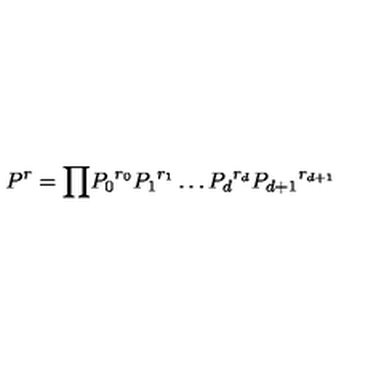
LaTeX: P ^ { r } = { \prod } { P _ { 0 } } ^ { r _ { 0 } } { P _ { 1 } } ^ { r _ { 1 } } \ldots { P _ { d } } ^ { r _ { d } } { P _ { d + 1 } } ^ { r _ { d + 1 } }